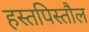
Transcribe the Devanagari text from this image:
हस्तपिस्तौल